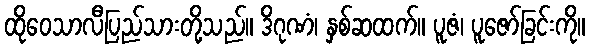
ထိုဝေသာလီပြည်သားတို့သည်။ ဒိဂုဏံ၊ နှစ်ဆထက်။ ပူဇံ၊ ပူဇော်ခြင်းကို။